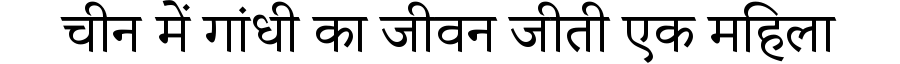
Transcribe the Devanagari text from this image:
चीन में गांधी का जीवन जीती एक महिला